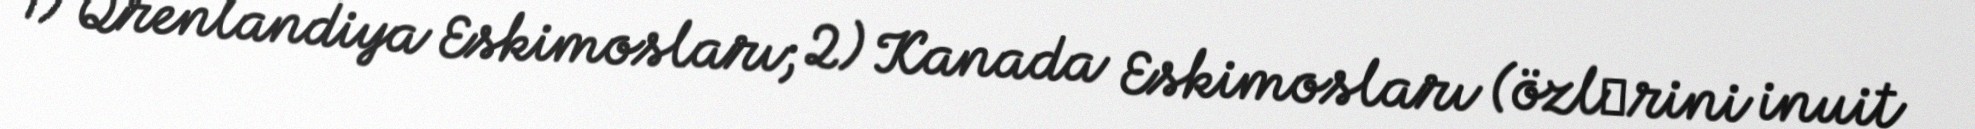
1) Qrenlandiya Eskimosları; 2) Kanada Eskimosları (özlәrini inuit